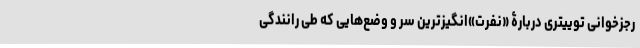
رجزخوانی توییتری دربارۀ «نفرت»‌انگیزترین سر و وضع‌هایی که طی رانندگی